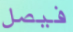
فيصل